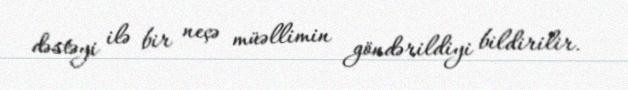
dəstəyi ilə bir neçə müəllimin göndərildiyi bildirilir.